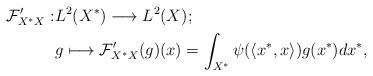
LaTeX: \begin{align*}\mathcal{F}'_{X^{\ast} X}: & L^2(X^{\ast})\longrightarrow L^2(X);\\ & g \longmapsto \mathcal{F}'_{X^{\ast} X}(g)(x)=\int_{X^{\ast}} \psi(\langle x^{\ast}, x\rangle)g(x^{\ast}) dx^{\ast},\end{align*}